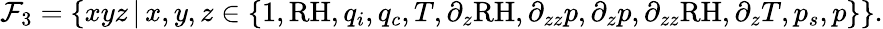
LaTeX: \mathcal{F}_{3}=\{ xyz\, \vert\, x,y,z\in\{ 1,\mathrm{RH},q_{i},q_{c},T,\partial_{z}\mathrm{RH},\partial_{zz}p,\partial_{z}p,\partial_{zz}\mathrm{RH},\partial_{z}T,p_{s},p\} \} .